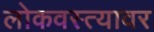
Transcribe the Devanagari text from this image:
लोकवस्त्यावर